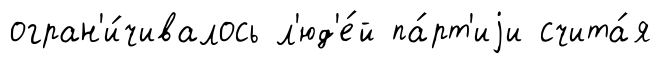
огран'и́чивалось л'юд'е́й па́рт'иjи счита́я